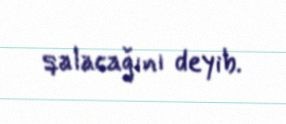
qalacağını deyib.